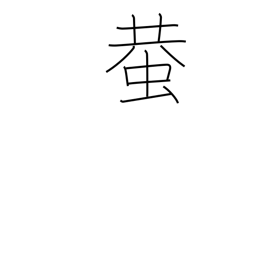
Meaning: cricket